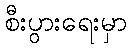
စီးပွားရေးမှာ